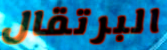
البرتقال